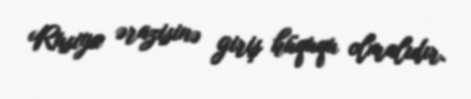
Rusiya ərazisinə giriş hüququ olmalıdır.